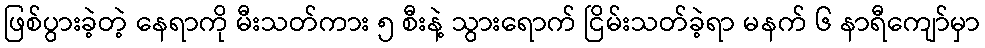
ဖြစ်ပွားခဲ့တဲ့ နေရာကို မီးသတ်ကား ၅ စီးနဲ့ သွားရောက် ငြိမ်းသတ်ခဲ့ရာ မနက် ၆ နာရီကျော်မှာ